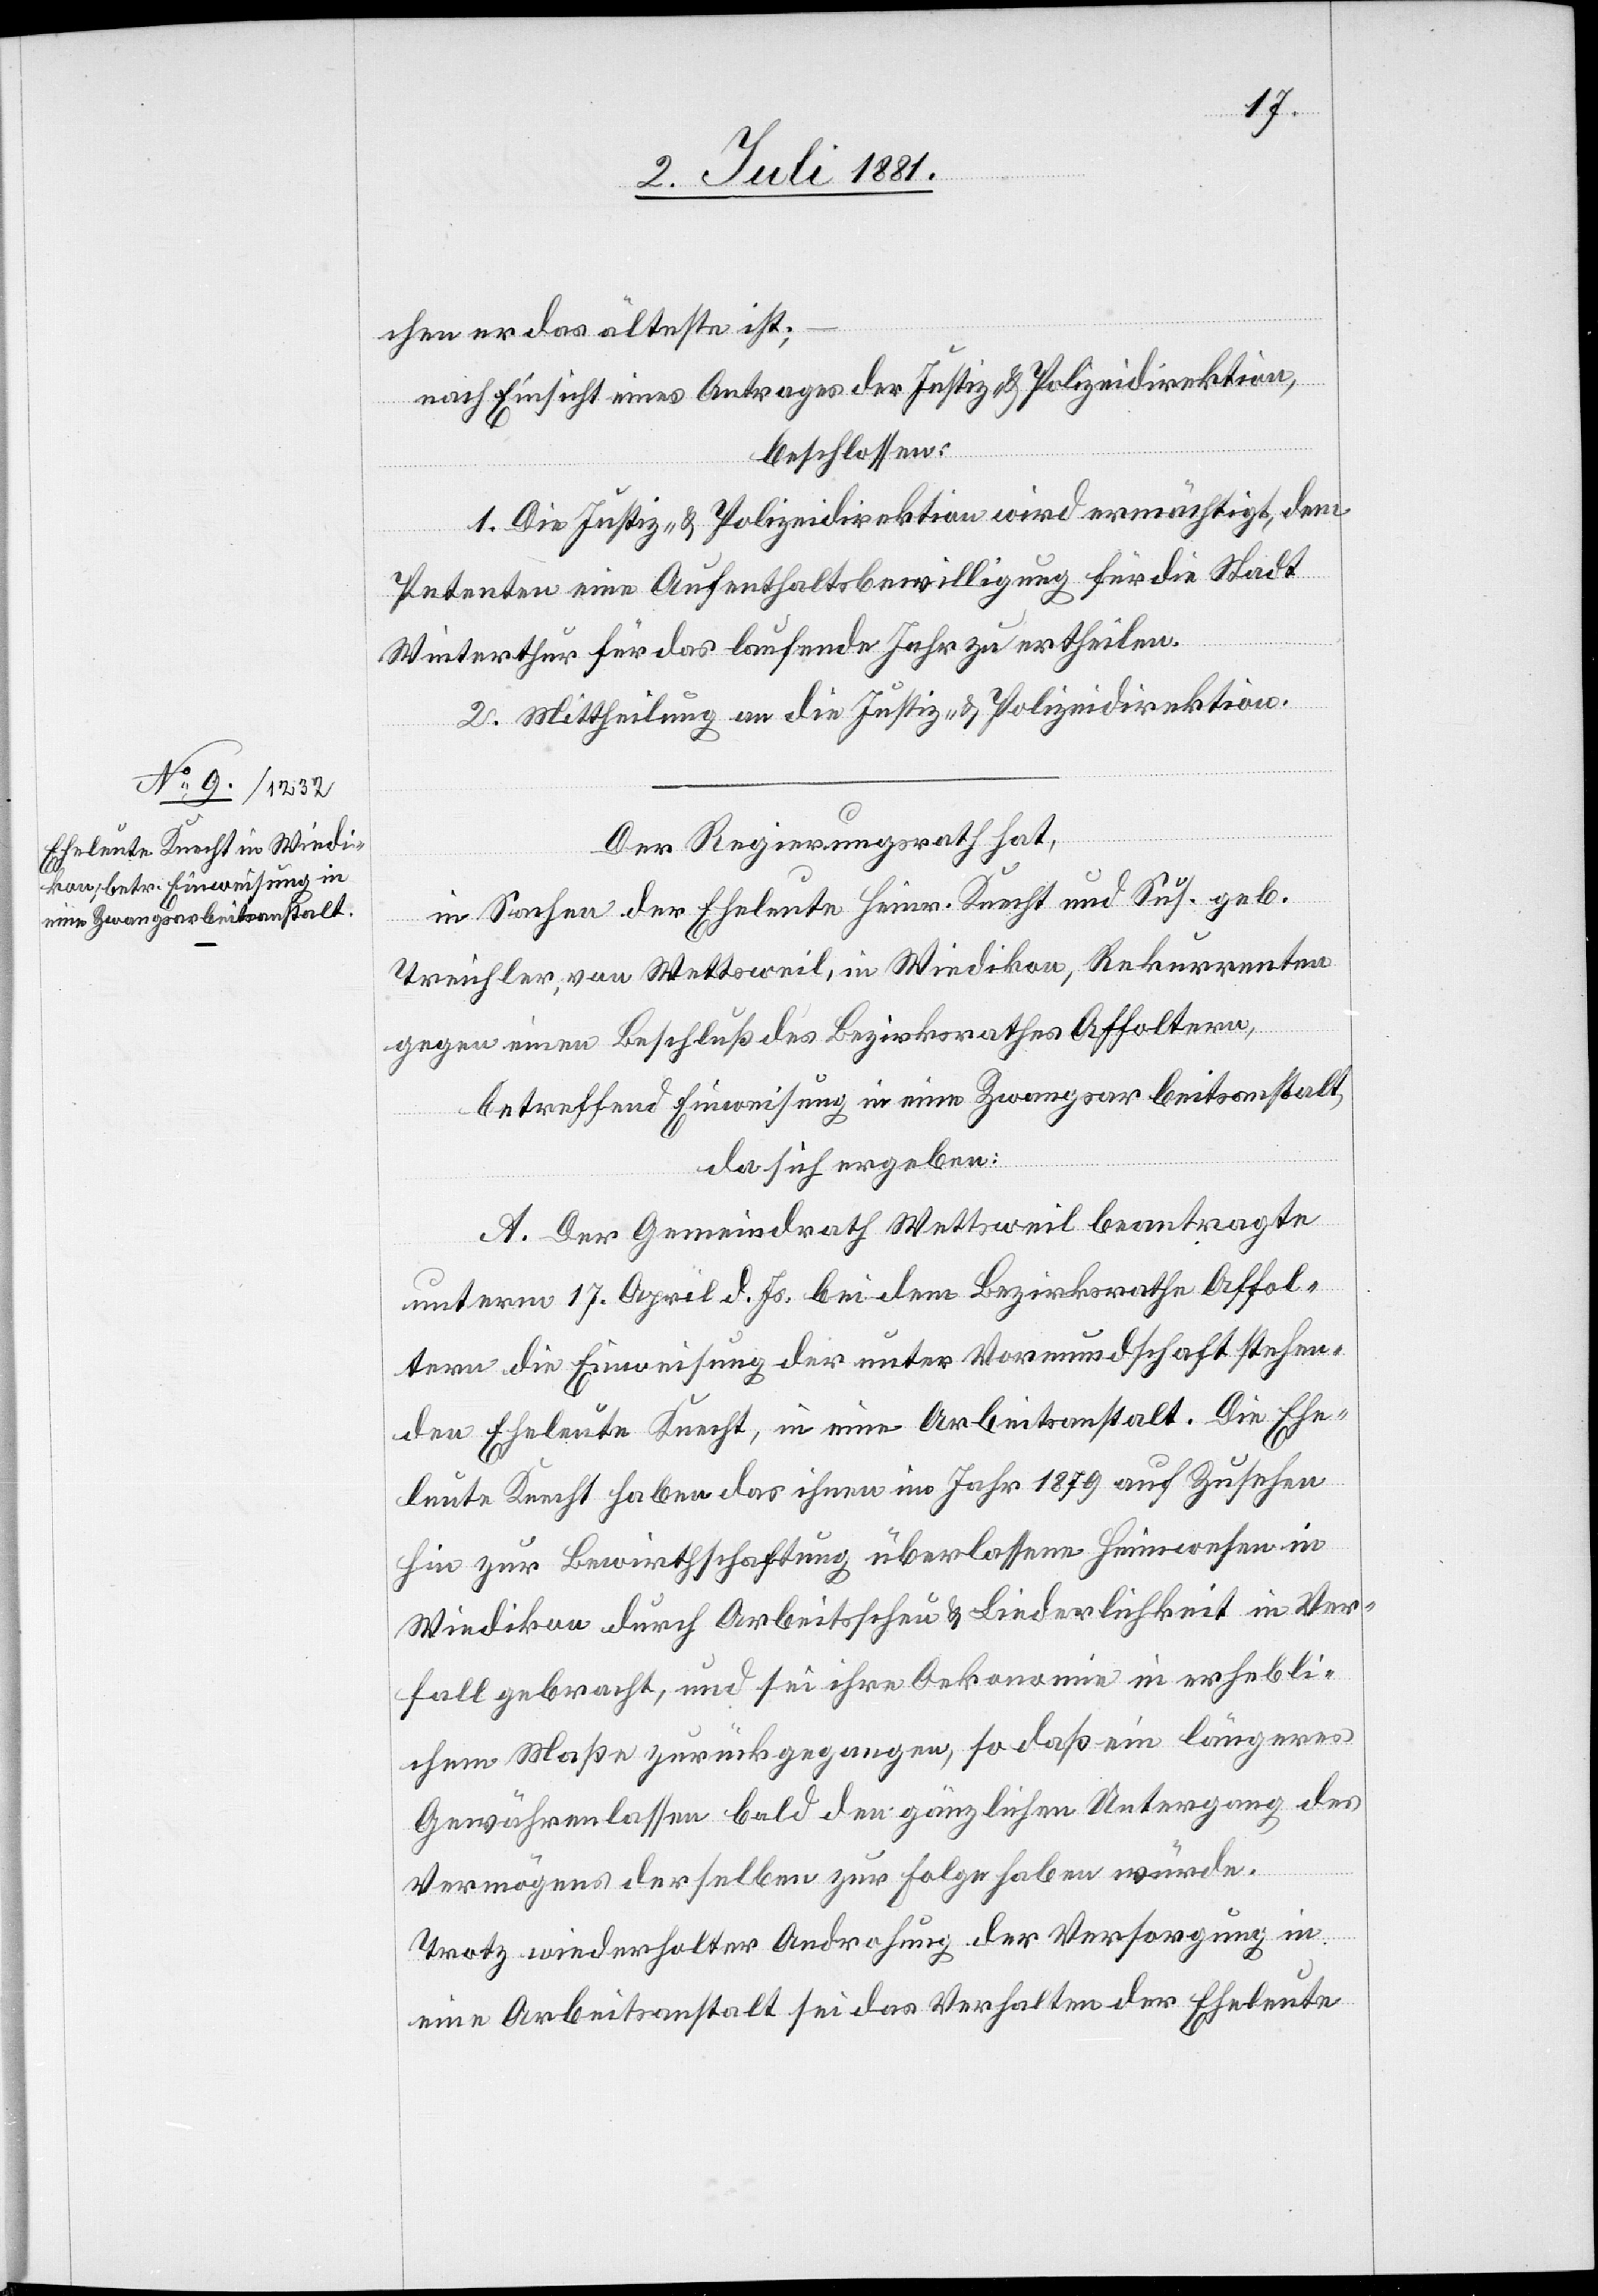
cher er das älteste ist;
nach Einsicht eines Antrages der Justiz & Polizedirektion,
beschlossen:
1. Die Justiz- & Polizeidirektion wird ermächtigt, dem
Petenten eine Aufenthaltsbewilligung für die Stadt
Winterthur für das laufende Jahr zu ertheilen.
2. Mittheilung an die Justiz- & Polizeidirektion.
Der Regierungsrath hat,
in Sachen der Eheleute Heinr. Knecht und Sus. geb.
Treichler, von Wettsweil, in Wiedikon, Rekurrenten
gegen einen Beschluß des Bezirksrathes Affoltern,
betreffend Einweisung in eine Zwangsarbeitsanstalt,
da sich ergeben:
A. Der Gemeindrath Wettsweil beantragte
unterm 17. April d. Js. bei dem Bezirksrathe Affol¬
tern die Einweisung der unter Vormundschaft stehen¬
den Eheleute Knecht, in eine Arbeitsanstalt. Die Ehe¬
leute Knecht haben das ihnen im Jahr 1879 auf Zusehen
hin zur Bewirthschaftung überlassene Heimwesen in
Wiedikon durch Arbeitsscheu & Liederlichkeit in Ver¬
fall gebracht, und sei ihre Oekonomie in erhebli¬
chem Maße zurückgegangen, so daß ein längeres
Gewährenlassen bald den gänzlichen Untergang des
Vermögens derselben zur Folge haben würde.
Trotz wiederholter Androhung der Versorgung in
eine Arbeitsanstalt sei das Verhalten der Eheleute